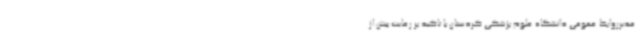
مدیرروابط عمومی دانشگاه علوم پزشکی کردستان با تاکید بر رعایت بیش از